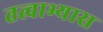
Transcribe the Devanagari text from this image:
तत्वाभ्यास